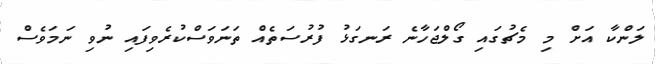
ލަންކާ އަށް މި މެޗުގައި ގޯލްޖަހާނެ ރަނގަޅު ފުރުސަތެއް ތަނަވަސްކުރެވިފައި ނުވި ނަމަވެސް